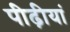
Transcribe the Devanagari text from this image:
पीढ़ीयां